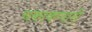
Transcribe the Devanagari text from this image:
चकाकणारी